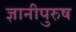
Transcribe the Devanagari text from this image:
ज्ञानीपुरुष